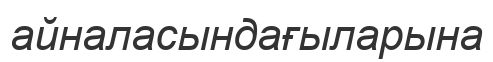
айналасындағыларына